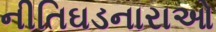
નીતિઘડનારાઓ